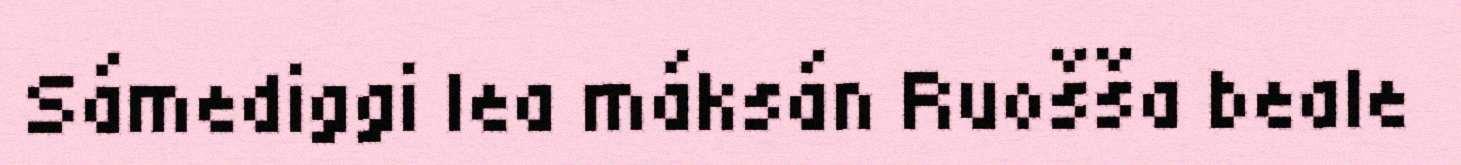
Sámediggi lea máksán Ruošša beale